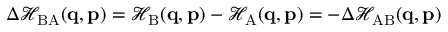
\Delta \mathcal { H } _ { \mathrm { B A } } ( \mathbf { q } , \mathbf { p } ) = \mathcal { H } _ { \mathrm { B } } ( \mathbf { q } , \mathbf { p } ) - \mathcal { H } _ { \mathrm { A } } ( \mathbf { q } , \mathbf { p } ) = - \Delta \mathcal { H } _ { \mathrm { A B } } ( \mathbf { q } , \mathbf { p } )